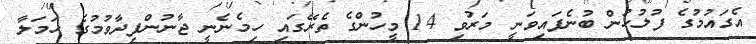
އެގައުމުގެ ފުލުހުން ބުނެފައިވަނީ މަރުވި 14 މީހުންގެ ތެރޭގައި ހިމެނެނީ ޖާނުންފިދާވުމުގެ ހަމަލާ